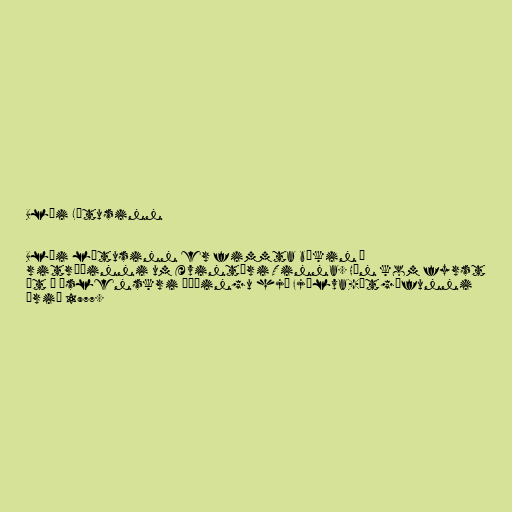
Blái Lótusinn

Blái lótusinn er fimmta bókin í
ritröðinni um Ævintýri Tinna. Hún kom fyrst
út í íslenskri þýðingu hjá Fjölva-útgáfunni
árið 1977.